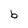
Character: b